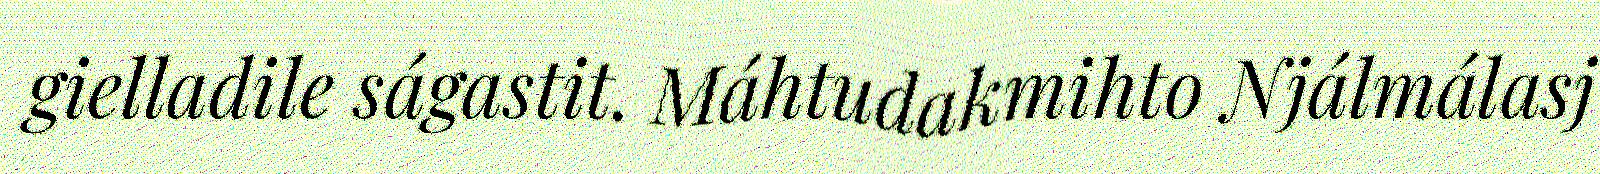
gielladile ságastit. Máhtudakmihto Njálmálasj